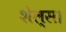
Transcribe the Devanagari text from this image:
शेल्स।